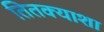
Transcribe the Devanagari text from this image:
तितक्याशा